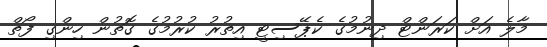
މާލެ އަށް ކަރަންޓް ދިނުމުގެ ކެޕޭސިޓީ އިތުރު ކުރުމުގެ ގޮތުން ހިންގި ފޯތް